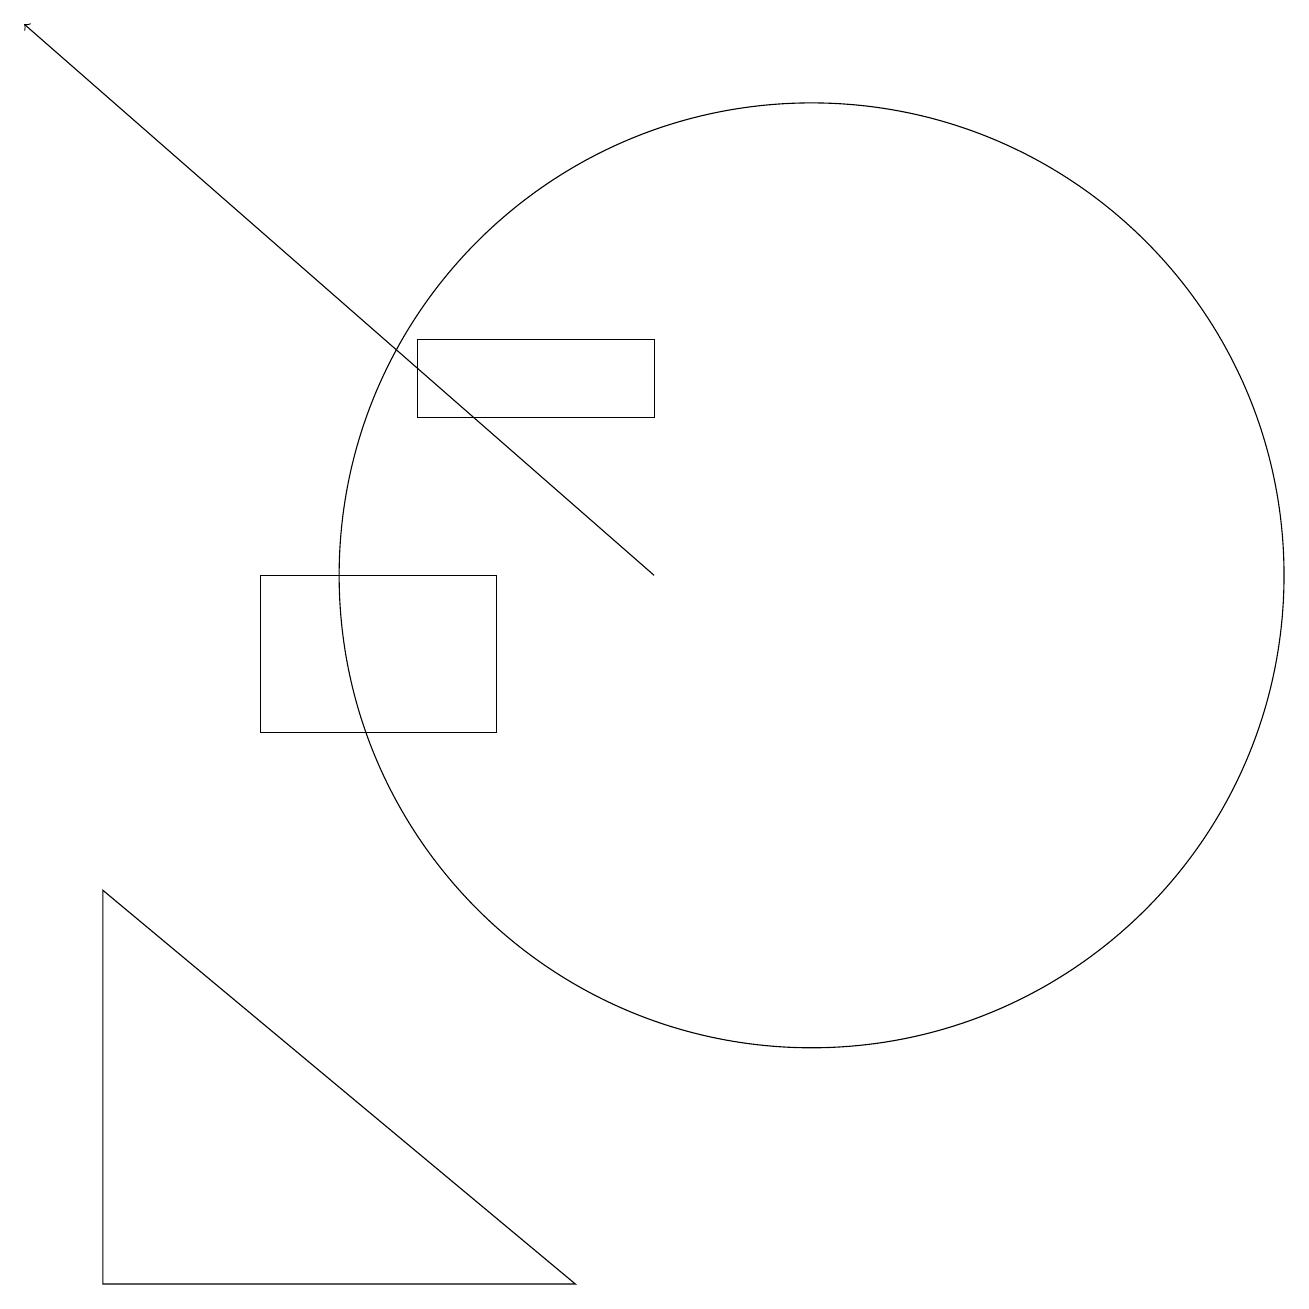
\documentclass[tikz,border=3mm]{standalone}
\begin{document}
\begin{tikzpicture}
\draw (10,12) circle (6);
\draw[->] (8,12) -- (0,19);
\draw (3,12) rectangle (6,10);
\draw (5,14) rectangle (8,15);
\draw (1,8) -- (1,3) -- (7,3) -- cycle;
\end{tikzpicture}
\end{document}